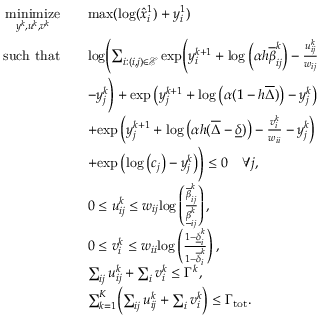
\begin{array} { r l } { \underset { y ^ { k } , u ^ { k } , v ^ { k } } { \mathrm { m i n i m i z e } } } & { \quad \mathrm { m a x } ( \mathrm { l o g } ( \hat { x } _ { i } ^ { 1 } ) + y _ { i } ^ { 1 } ) } \\ { \mathrm { s u c h ~ t h a t } } & { \quad \mathrm { l o g } \Biggl ( \sum _ { i : ( i , j ) \in \mathcal E } \mathrm { e x p } \Biggl ( y _ { i } ^ { k + 1 } + \mathrm { l o g } \left( \alpha h \overline { { \beta } } _ { i j } ^ { k } \right) - \frac { u _ { i j } ^ { k } } { w _ { i j } } } \\ & { \quad - y _ { j } ^ { k } \Biggr ) + \mathrm { e x p } \left( y _ { j } ^ { k + 1 } + \mathrm { l o g } \left( \alpha ( 1 - h \overline { { \Delta } } ) \right) - y _ { j } ^ { k } \right) } \\ & { \quad + \mathrm { e x p } \left( y _ { j } ^ { k + 1 } + \mathrm { l o g } \left( \alpha h ( \overline { { \Delta } } - \underline { { \delta } } ) \right) - \frac { v _ { i } ^ { k } } { w _ { i i } } - y _ { j } ^ { k } \right) } \\ & { \quad + \mathrm { e x p } \left( \mathrm { l o g } \left( c _ { j } \right) - y _ { j } ^ { k } \right) \Biggr ) \leq 0 \quad \forall j , } \\ & { \quad 0 \leq u _ { i j } ^ { k } \leq w _ { i j } \mathrm { l o g } \left( \frac { \overline { { \beta } } _ { i j } ^ { k } } { \underline { { \beta } } _ { i j } ^ { k } } \right) , } \\ & { \quad 0 \leq v _ { i } ^ { k } \leq w _ { i i } \mathrm { l o g } \left( \frac { 1 - \underline { { \delta } } _ { i } ^ { k } } { 1 - \overline { { \delta } } _ { i } ^ { k } } \right) , } \\ & { \quad \sum _ { i j } u _ { i j } ^ { k } + \sum _ { i } v _ { i } ^ { k } \leq \Gamma ^ { k } , } \\ & { \quad \sum _ { k = 1 } ^ { K } \biggl ( \sum _ { i j } u _ { i j } ^ { k } + \sum _ { i } v _ { i } ^ { k } \biggr ) \leq \Gamma _ { \mathrm { t o t } } . } \end{array}